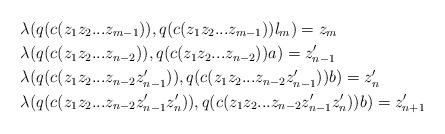
\begin{align*}&\lambda(q(c(z_1z_2...z_{m-1})), q(c(z_1z_2...z_{m-1}))l_m) = z_m \\&\lambda(q(c(z_1z_2...z_{n-2})), q(c(z_1z_2...z_{n-2}))a) = z_{n-1}' \\&\lambda(q(c(z_1z_2...z_{n-2}z_{n-1}' )), q(c(z_1z_2...z_{n-2}z_{n-1}' ))b)= z_n' \\&\lambda(q(c(z_1z_2...z_{n-2}z_{n-1}'z_n' )), q(c(z_1z_2...z_{n-2}z_{n-1}'z_n' ))b)= z_{n+1}'\end{align*}